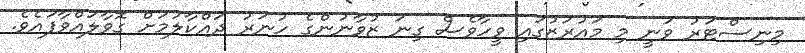
މިނިސްޓަރު ވަނީ މި މައުރަޒުގައި ވީހާވެސް ގިނަ ޒުވާނުންގެ ހުނަރު ދައްކާލުމަށް ގޮވާލައްވާފައެވެ.